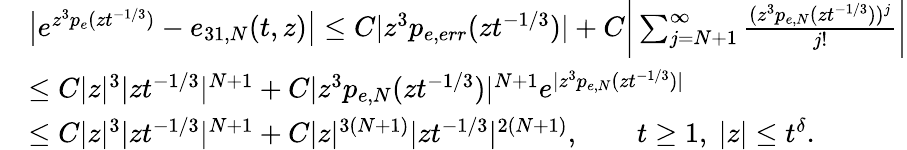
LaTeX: \begin{array}{rl}&{\big|e^{z^{3}p_{e}(zt^{-1/3})}-e_{31,N}(t,z)\big|\leq C|z^{3}p_{e,err}(zt^{-1/3})|+C\bigg|\sum_{j=N+1}^{\infty}\frac{(z^{3}p_{e,N}(zt^{-1/3}))^{j}}{j!}\bigg|}\\ &{\leq C|z|^{3}|zt^{-1/3}|^{N+1}+C|z^{3}p_{e,N}(zt^{-1/3})|^{N+1}e^{|z^{3}p_{e,N}(zt^{-1/3})|}}\\ &{\leq C|z|^{3}|zt^{-1/3}|^{N+1}+C|z|^{3(N+1)}|zt^{-1/3}|^{2(N+1)},\qquad t\geq 1,\ |z|\leq t^{\delta}.}\end{array}